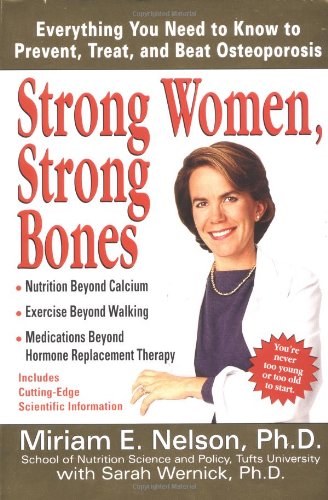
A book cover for Strong Women, Strong Bones: Everything you Need to Know to Prevent, Treat, and Beat Osteoporosis; Miriam E. Nelson; Health, Fitness & Dieting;